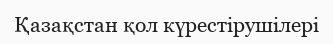
Қазақстан қол күрестірушілері